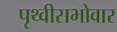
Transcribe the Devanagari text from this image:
पृथ्वीसभोवार